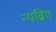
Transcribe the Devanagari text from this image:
न्यब्रिग